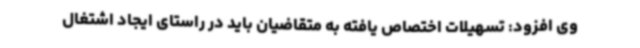
وی افزود: تسهیلات اختصاص یافته به متقاضیان باید در راستای ایجاد اشتغال